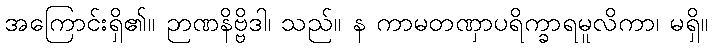
အကြောင်းရှိ၏။ ဉာဏနိဗ္ဗိဒါ၊ သည်။ န ကာမတဏှာပရိက္ခာရမူလိကာ၊ မရှိ။